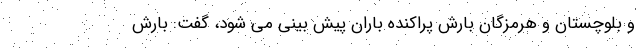
و بلوچستان و هرمزگان بارش پراکنده باران پیش بینی می شود، گفت: بارش